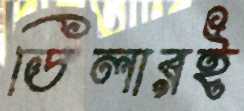
ডিলারই